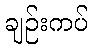
ချဉ်းကပ်